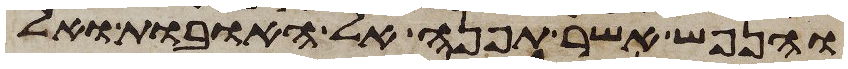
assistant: והנפש אשר תפנה אל האובות ואל